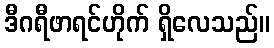
ဒီဂရီဖာရင်ဟိုက် ရှိလေသည်။